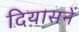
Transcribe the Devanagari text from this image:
दियासने